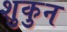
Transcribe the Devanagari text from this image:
शुकुन